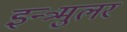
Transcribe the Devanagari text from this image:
इन्त्र्मुलर